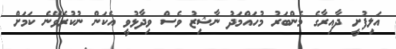
އަލިފުށީ ދާއިރާގެ މެންބަރު މުހައްމަދު ނާޝިޒު ވެސް ވިދާޅުވީ އެކަން ނުކުރެވޭނެ ކަމަށް